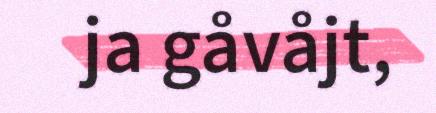
ja gåvåjt,